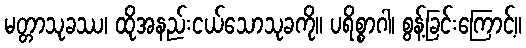
မတ္တာသုခဿ၊ ထိုအနည်းငယ်သောသုခကို။ ပရိစ္စာဂါ၊ စွန့်ခြင်းကြောင့်။